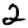
Digit: 2